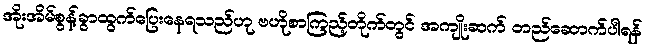
အိုးအိမ်စွန့်ခွာထွက်ပြေးနေရသည်ဟု ဗဟိုစာကြည့်တိုက်တွင် အကျိုးဆက် တည်ဆောက်ပါရန်